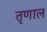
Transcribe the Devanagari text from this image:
तृणाल